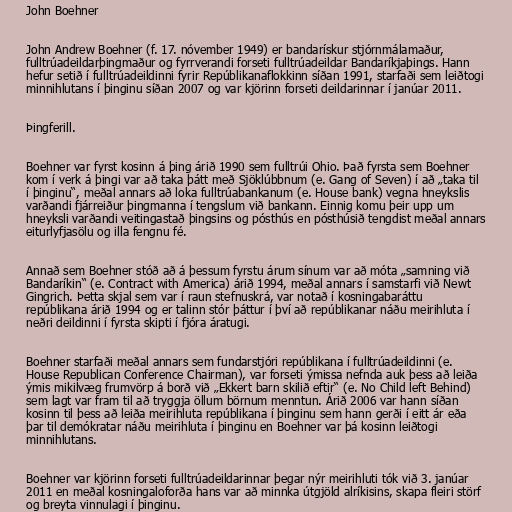
John Boehner

John Andrew Boehner (f. 17. nóvember 1949) er bandarískur stjórnmálamaður,
fulltrúadeildarþingmaður og fyrrverandi forseti fulltrúadeildar Bandaríkjaþings. Hann
hefur setið í fulltrúadeildinni fyrir Repúblikanaflokkinn síðan 1991, starfaði sem leiðtogi
minnihlutans í þinginu síðan 2007 og var kjörinn forseti deildarinnar í janúar 2011.

Þingferill.

Boehner var fyrst kosinn á þing árið 1990 sem fulltrúi Ohio. Það fyrsta sem Boehner
kom í verk á þingi var að taka þátt með Sjöklúbbnum (e. Gang of Seven) í að „taka til
í þinginu“, meðal annars að loka fulltrúabankanum (e. House bank) vegna hneykslis
varðandi fjárreiður þingmanna í tengslum við bankann. Einnig komu þeir upp um
hneyksli varðandi veitingastað þingsins og pósthús en pósthúsið tengdist meðal annars
eiturlyfjasölu og illa fengnu fé.

Annað sem Boehner stóð að á þessum fyrstu árum sínum var að móta „samning við
Bandaríkin“ (e. Contract with America) árið 1994, meðal annars í samstarfi við Newt
Gingrich. Þetta skjal sem var í raun stefnuskrá, var notað í kosningabaráttu
repúblikana árið 1994 og er talinn stór þáttur í því að repúblikanar náðu meirihluta í
neðri deildinni í fyrsta skipti í fjóra áratugi.

Boehner starfaði meðal annars sem fundarstjóri repúblikana í fulltrúadeildinni (e.
House Republican Conference Chairman), var forseti ýmissa nefnda auk þess að leiða
ýmis mikilvæg frumvörp á borð við „Ekkert barn skilið eftir“ (e. No Child left Behind)
sem lagt var fram til að tryggja öllum börnum menntun. Árið 2006 var hann síðan
kosinn til þess að leiða meirihluta repúblikana í þinginu sem hann gerði í eitt ár eða
þar til demókratar náðu meirihluta í þinginu en Boehner var þá kosinn leiðtogi
minnihlutans.

Boehner var kjörinn forseti fulltrúadeildarinnar þegar nýr meirihluti tók við 3. janúar
2011 en meðal kosningaloforða hans var að minnka útgjöld alríkisins, skapa fleiri störf
og breyta vinnulagi í þinginu.